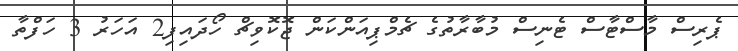
ޕެރިސް މާސްޓާސް ޓެނިސް މުބާރާތުގެ ޗެމްޕިއަންކަން ޖޮކޮވިޗް ހޯދައިފި2 އަހަރު 3 ހަފްތާ